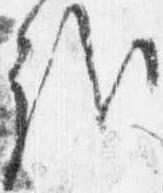
哉